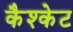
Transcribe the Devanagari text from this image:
कैश्केट